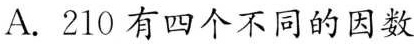
A.210有四个不同的因数